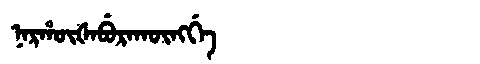
Manchu: ᠨᠠᡵᡥᡡᡧᠠᠪᡠᡵᠠᡴᡡᠩᡤᡝ
Romanization: NARHŪŠABURAKŪNGGE